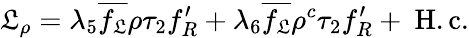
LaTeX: {\cal\mathfrak{L}}_{\rho}=\lambda_{5}\overline{{{{f_{\mathfrak{L}}}}}}\rho\tau_{2}{f_{R}^{\prime}}+\lambda_{6}\overline{{{{f_{\mathfrak{L}}}}}}\rho^{c}\tau_{2}{f_{R}^{\prime}}+\mathrm{{~H.c.}}